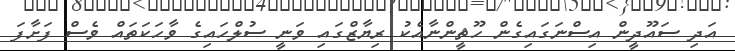
އަދި ސައޫދީން އިސްނަގައިގެން ހޫޘީންނާއެކު ރިޔާޒްގައި ވަނީ ސުލްހައިގެ ވާހަކަތައް ވެސް ފަށާފަ